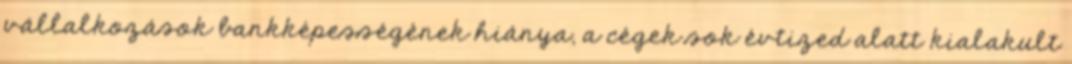
vállalkozások bankképességének hiánya, a cégek sok évtized alatt kialakult